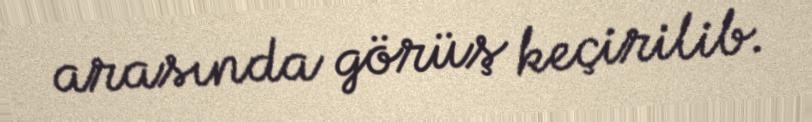
arasında görüş keçirilib.